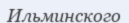
Ильминского